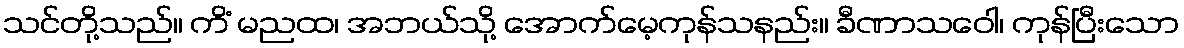
သင်တို့သည်။ ကိံ မညထ၊ အဘယ်သို့ အောက်မေ့ကုန်သနည်း။ ခီဏာသဝေါ၊ ကုန်ပြီးသော